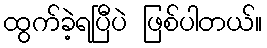
ထွက်ခဲ့ရပြီပဲ ဖြစ်ပါတယ်။